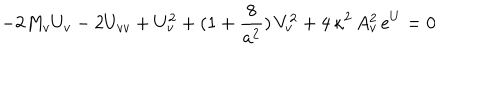
LaTeX: - 2 M _ { v } U _ { v } - 2 U _ { v v } + U _ { v } ^ { 2 } + ( 1 + { \frac { 8 } { a ^ { 2 } } } ) \, V _ { v } ^ { 2 } + 4 \, \kappa ^ { 2 } \, A _ { v } ^ { 2 } \, e ^ { U } = 0